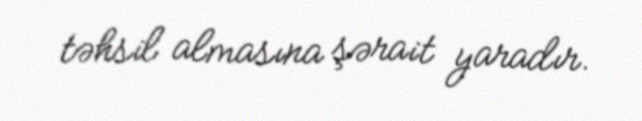
təhsil almasına şərait yaradır.